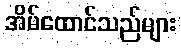
အိမ်ထောင်သည်များ